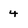
Character: 4